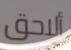
ألاحق